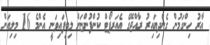
އާރު ހިންގަމުން ގެންދިޔައިރު ރާއްޖޭގެ އެއަރޕޯޓް ކުންފުންޏަށް ލިބިފައިވަނީ އެންމެ 16 މިލިއަން